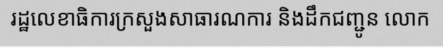
រដ្ឋលេខាធិការក្រសួងសាធារណការ និងដឹកជញ្ជូន លោក